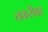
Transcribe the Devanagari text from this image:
तकरीबह